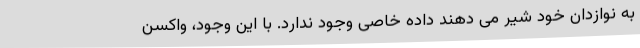
به نوازدان خود شیر می دهند داده خاصی وجود ندارد. با این وجود، واکسن